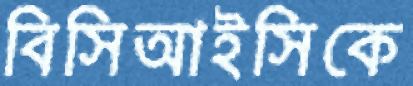
বিসিআইসিকে